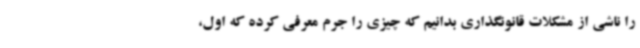
را ناشی از مشکلات قانونگذاری بدانیم که چیزی را جرم معرفی کرده که اول،